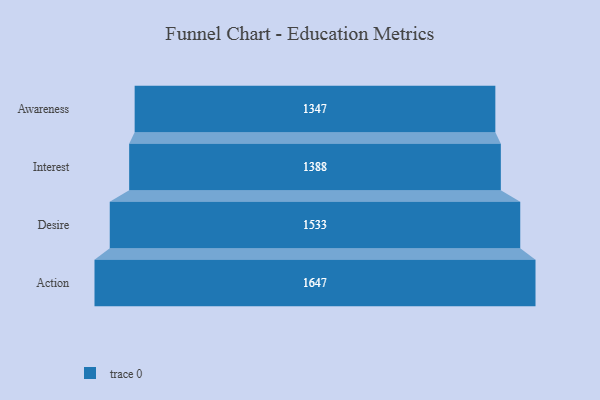
{"axis": {"x": "Stage", "y": "Value"}, "legend": [""], "data": [{"x": "Awareness", "y": 1347.0, "type": ""}, {"x": "Interest", "y": 1388.0, "type": ""}, {"x": "Desire", "y": 1533.0, "type": ""}, {"x": "Action", "y": 1647.0, "type": ""}]}